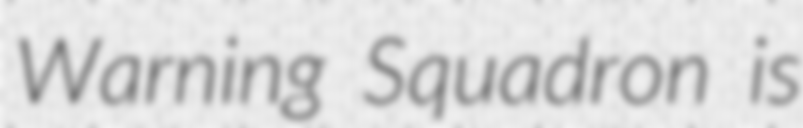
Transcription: Warning Squadron is